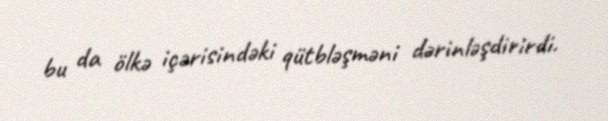
bu da ölkə içərisindəki qütbləşməni dərinləşdirirdi.